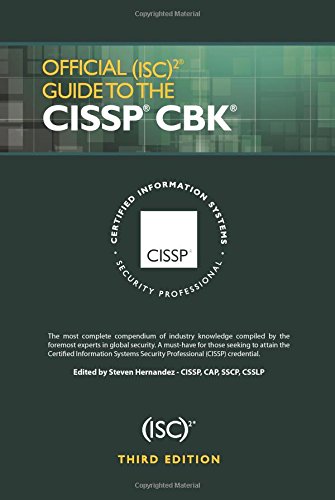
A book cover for Official (ISC)2 Guide to the CISSP CBK, Third Edition ((ISC)2 Press); Computers & Technology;